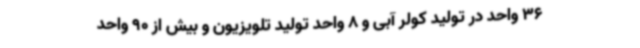
36 واحد در تولید کولر آبی و 8 واحد تولید تلویزیون و بیش از 90 واحد